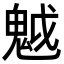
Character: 魆